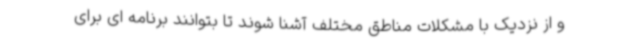
و از نزدیک با مشکلات مناطق مختلف آشنا شوند تا بتوانند برنامه ای برای